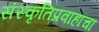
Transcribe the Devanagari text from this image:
संस्कृतिप्रवाहांचा